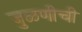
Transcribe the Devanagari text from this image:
जुळणीची